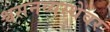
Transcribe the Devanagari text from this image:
श्वसनव्यस्थेवर